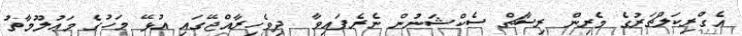
އެގްރިކަލްޗަރުގެ މެރިން ރިސާޗް ސެކްޝަނުން ނެރެފައިވާ  ދިވެހިރާއްޖޭގައި އުޅޭ މަހުގެ މަޢުލޫމާތު